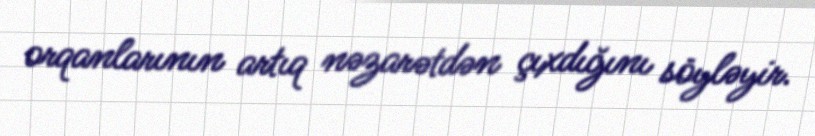
orqanlarının artıq nəzarətdən çıxdığını söyləyir.